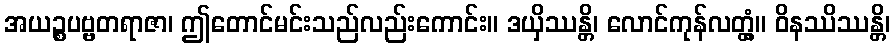
အယဉ္စပဗ္ဗတရာဇာ၊ ဤတောင်မင်းသည်လည်းကောင်း။ ဒယှိဿန္တိ၊ လောင်ကုန်လတ္တံ့။ ဝိနဿိဿန္တိ၊